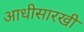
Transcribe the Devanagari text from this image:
आधीसारखी